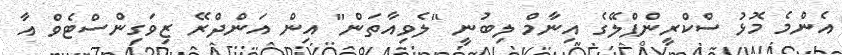
އެންމެ މޮޅު ސްކްރީންޕްލޭގެ އިނާމް ލިބުނީ "ލެވިއާތަން" އިން އަންދްރޭ ޒިވަގިންސްޓެވް އާ